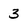
Character: 3